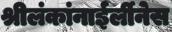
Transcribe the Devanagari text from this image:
श्रीलंकांनाईर्लीनेस